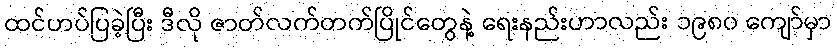
ထင်ဟပ်ပြခဲ့ပြီး ဒီလို ဇာတ်လက်တက်ပြိုင်တွေနဲ့ ရေးနည်းဟာလည်း ၁၉၈၀ ကျော်မှာ